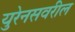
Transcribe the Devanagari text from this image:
युरेनसवरील